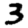
Digit: 3